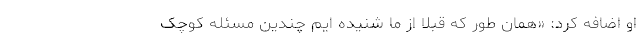
او اضافه کرد: «همان طور که قبلاً از ما شنیده ایم چندین مسئله کوچک